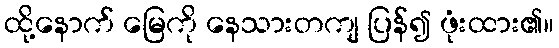
ထို့နောက် မြေကို နေသားတကျ ပြန်၍ ဖုံးထား၏။